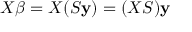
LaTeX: X { \boldsymbol { \beta } } = X ( S \mathbf { y } ) = ( X S ) \mathbf { y }